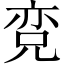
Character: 𱏨